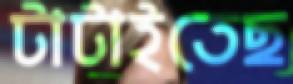
টাটাইতেছ